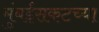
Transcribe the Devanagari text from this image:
मुंबईसकटच्या